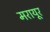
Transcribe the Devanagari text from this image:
मरायूर